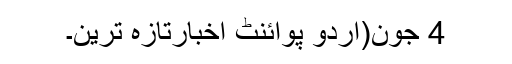
4 جون(اُردو پوائنٹ اخبارتازہ ترین۔